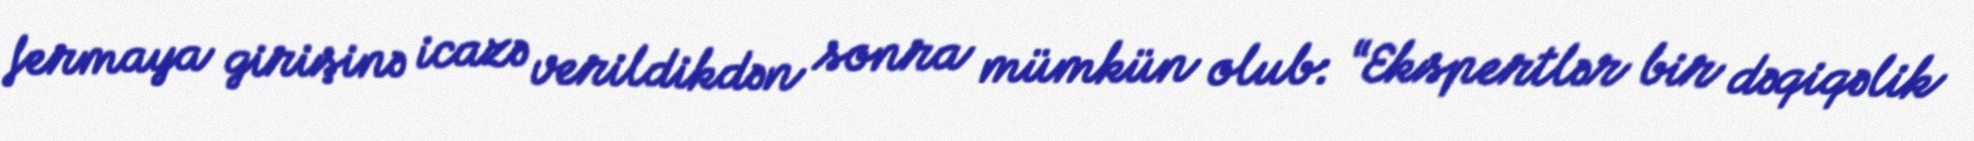
fermaya girişinə icazə verildikdən sonra mümkün olub: “Ekspertlər bir dəqiqəlik